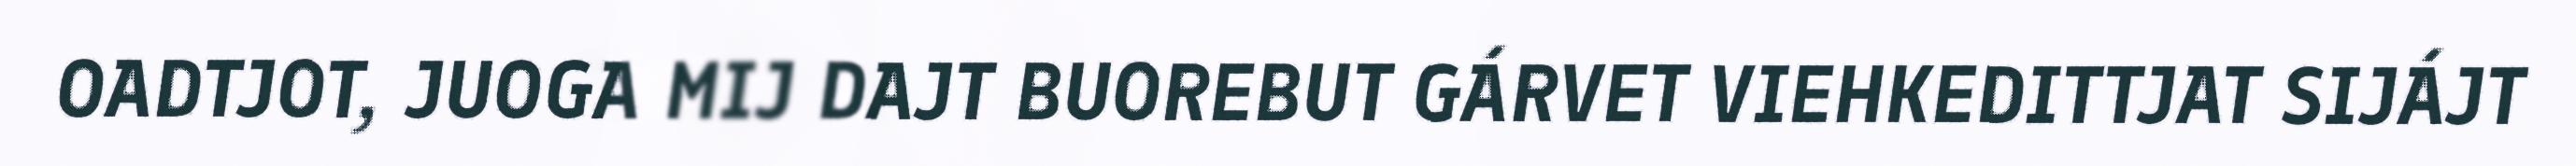
OADTJOT, JUOGA MIJ DAJT BUOREBUT GÁRVET VIEHKEDITTJAT SIJÁJT